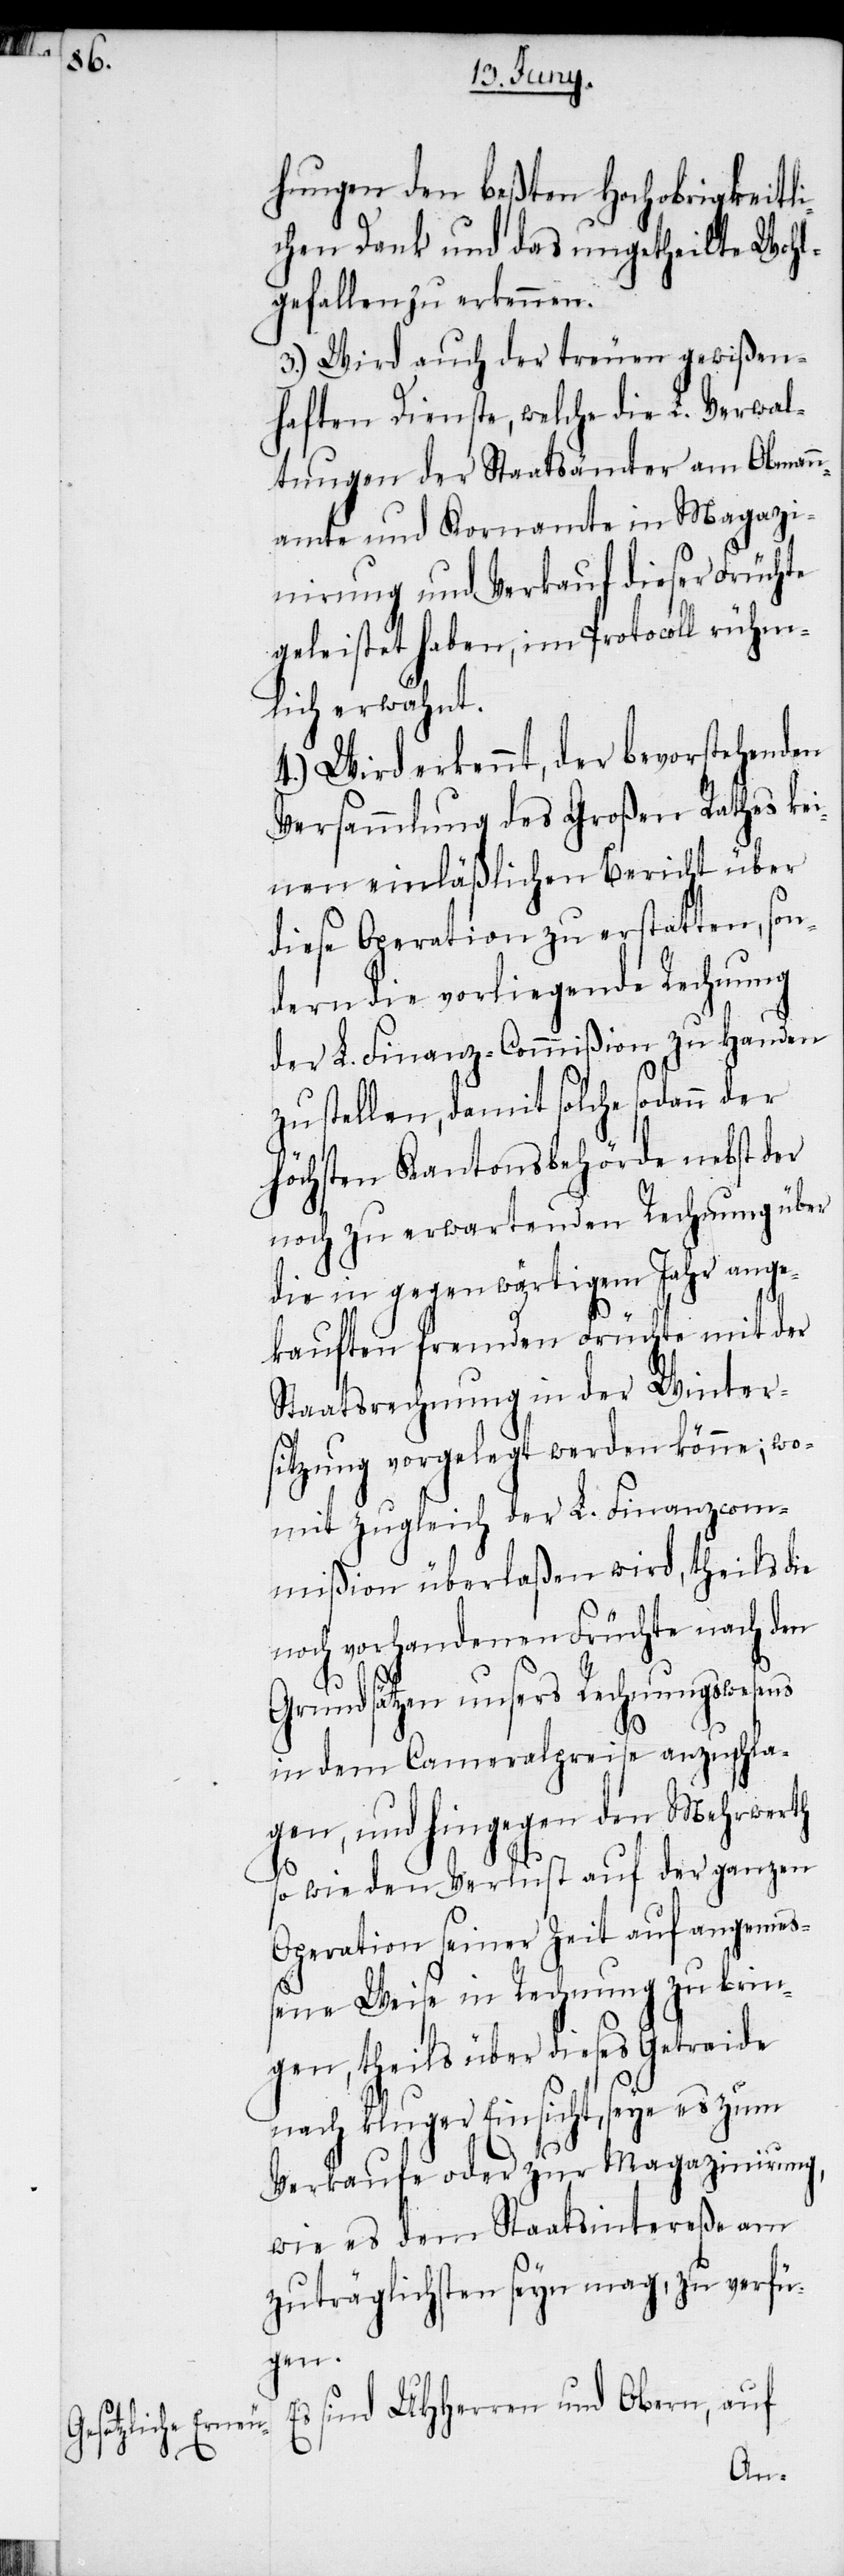
hungen den beßten Hochobrigkeitl¬
ichen Dank und das ungetheilte Wohl¬
gefallen zu erkennen.
3.) Wird auch der treuen gewißen¬
haften Dienste, welche die L. Verwal¬
tungen der Staatsämter am Obmann¬
amte und Kornamte in Magazi¬
nirung und Verkauf dieser Früchte
geleistet haben, im Protocoll rühm¬
lich erwähnt.
4.) Wird erkennt, der bevorstehenden
Versammlung des Großen Rathes ke¬
inen einläßlichen Bericht über
diese Operation zu erstatten, son¬
dern die vorliegende Rechnung
der L. Finanz-Commißion zu Handen
zu stellen, damit solche sodann der
höchsten Kantonsbehörde nebst der
noch zu erwartenden Rechnung über
die in gegenwärtigem Jahr ange¬
kauften fremden Früchte mit der
Staatsrechnung in der Winter¬
sitzung vorgelegt werden könne; wo¬
mit zugleich der L. Finanzcom¬
mißion überlaßen wird, theils die
noch vorhandenen Früchte nach den
Grundsätzen unsers Rechnungswesens
in dem Cameralpreise anzuschla¬
gen, und hingegen den Mehrwerth
so wie den Verlust auf der ganzen
Operation seiner Zeit auf angemeß¬
ene Weise in Rechnung zu brin¬
gen, theils über dieses Getraide
nach kluger Einsicht, seye es zum
Verkaufe oder zur Magazinirung,
wie es dem Staatsintereße am
zuträglichsten seyn mag, zu verfü¬
gen.
sind UHHerren und Obern, auf